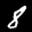
Label: 8